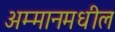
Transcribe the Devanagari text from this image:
अम्मानमधील